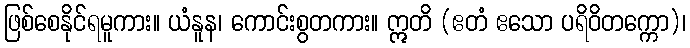
ဖြစ်စေနိုင်ရမူကား။ ယံနူန၊ ကောင်းစွတကား။ ဣတိ (ဧတံ ဧသော ပရိဝိတက္ကော)၊